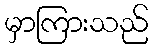
မှာကြားသည်